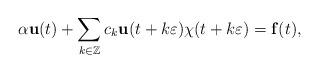
LaTeX: \begin{align*}\alpha \mathbf{u}(t)+\sum_{k\in\mathbb{Z}}c_k\mathbf{u}(t+k\varepsilon)\chi(t+k\varepsilon)=\mathbf{f}(t),\end{align*}